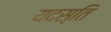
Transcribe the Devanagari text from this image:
यदस्ति